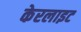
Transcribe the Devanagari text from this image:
केरलाइट